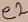
Text: e2